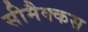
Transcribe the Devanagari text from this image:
सीमैक्कस